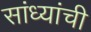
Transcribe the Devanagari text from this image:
सांध्यांची